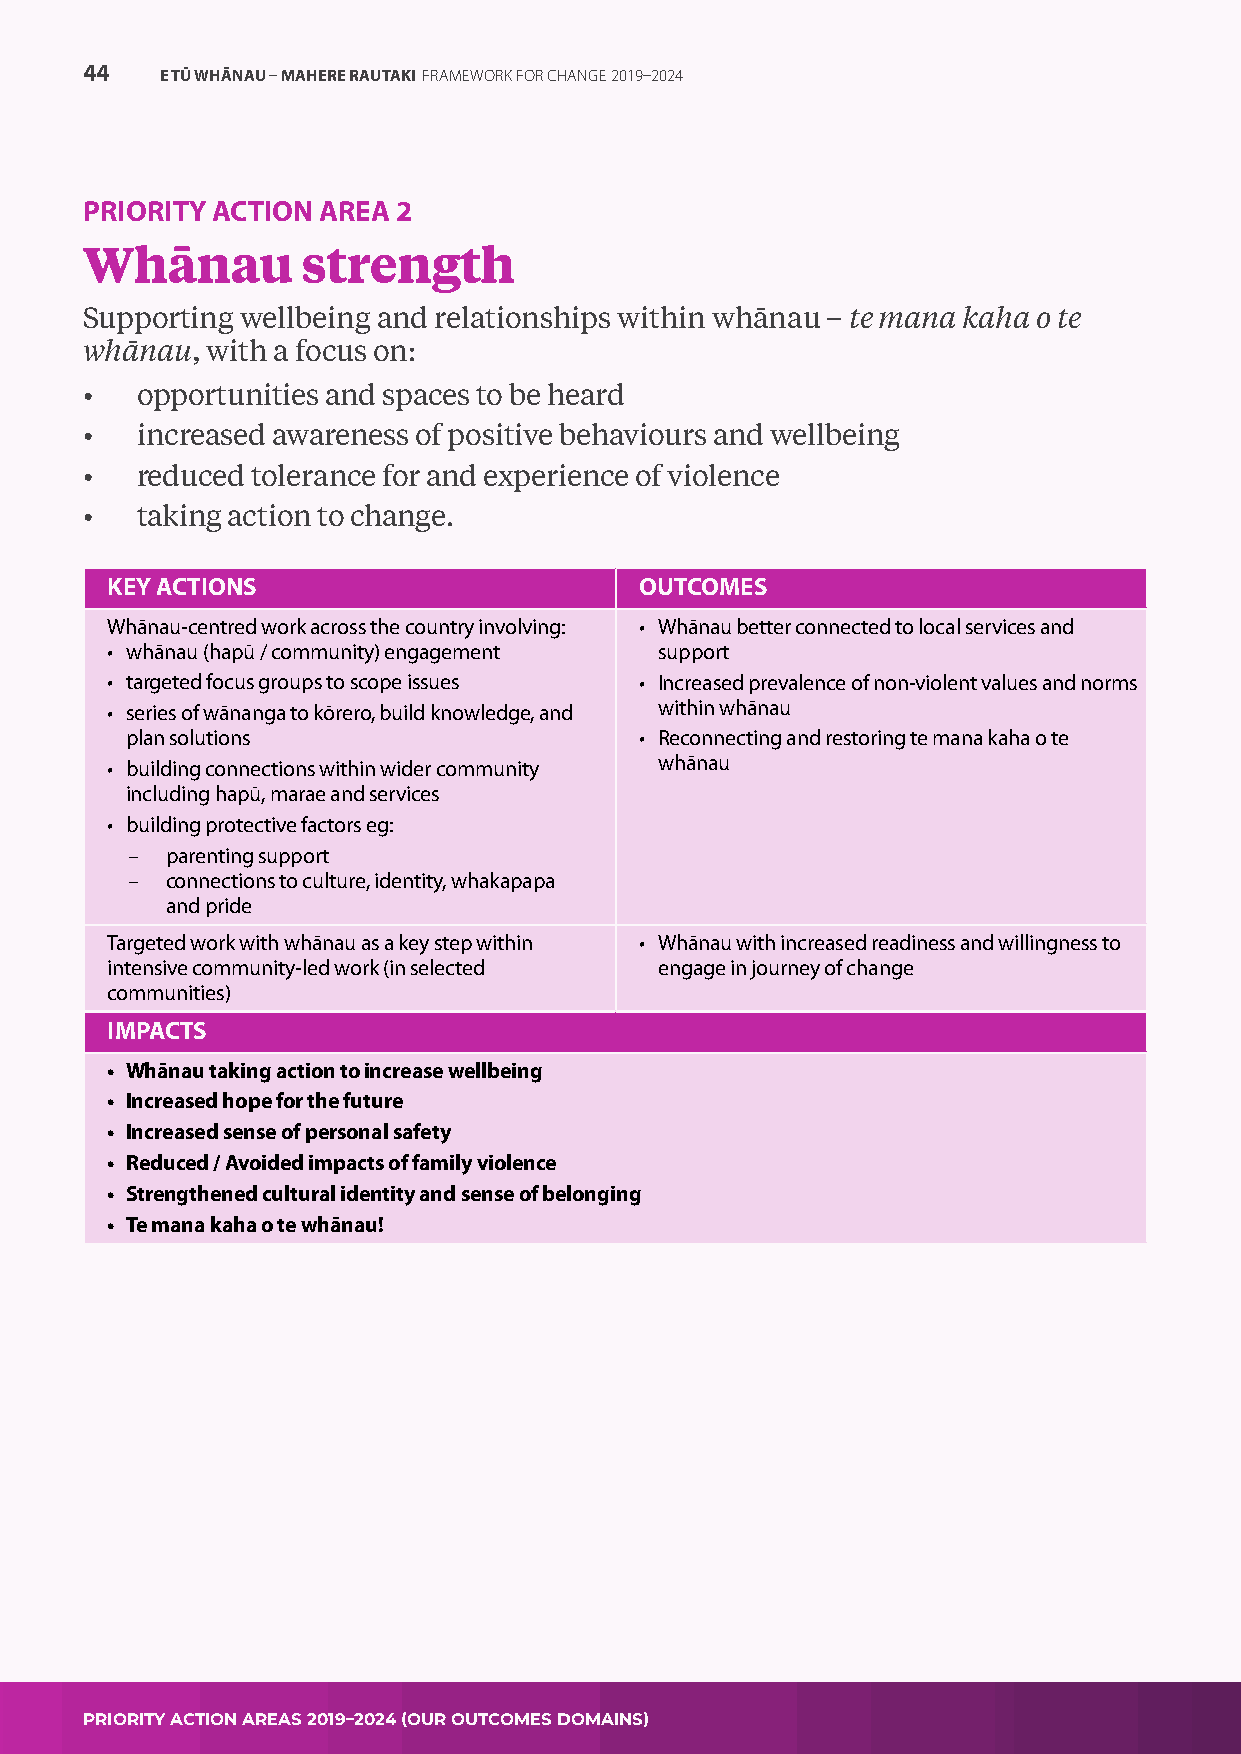
44    E TŪ WHĀNAU – MAHERE RAUTAKI FRAMEWORK FOR CHANGE 2019–2024
 PRIORITY ACTION AREA 2
 Whānau         strength
 Supporting wellbeing and relationships within whānau – te mana kaha o te
 whānau,  with a focus on:
 •   opportunities and spaces to be heard
 •   increased awareness of positive behaviours and wellbeing
 •   reduced tolerance for and experience of violence
 •   taking action to change.
 KEY ACTIONS                        OUTCOMES
 Whānau-centred work across the country involving: • Whānau better connected to local services and
 • whānau (hapū / community) engagement support
 • targeted focus groups to scope issues • Increased prevalence of non-violent values and norms
 • series of wānanga to kōrero, build knowledge, and within whānau
 plan solutions                    • Reconnecting and restoring te mana kaha o te
 • building connections within wider community whānau
 including hapū, marae and services
 • building protective factors eg:
 –  parenting support
 –  connections to culture, identity, whakapapa
 and pride
 Targeted work with whānau as a key step within • Whānau with increased readiness and willingness to
 intensive community-led work (in selected engage in journey of change
 communities)
 IMPACTS
 • Whānau taking action to increase wellbeing
 • Increased hope for the future
 • Increased sense of personal safety
 • Reduced / Avoided impacts of family violence
 • Strengthened cultural identity and sense of belonging
 • Te mana kaha o te whānau!
 PRIORITY ACTION AREAS 2019–2024 (OUR OUTCOMES DOMAINS)